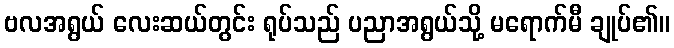
ဗလအရွယ် လေးဆယ်တွင်း ရုပ်သည် ပညာအရွယ်သို့ မရောက်မီ ချုပ်၏။